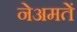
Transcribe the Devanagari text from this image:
नेअमतेें